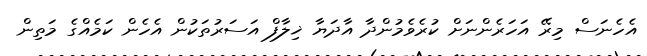
އެހެނަސް މިރޭ އަހަރެންނަށް ކުރެވެމުންދާ އާދަޔާ ޚިލާފް އަސަރުތަކުން އެހެން ކަމެއްގެ މަތިން